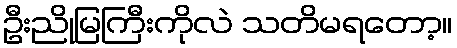
ဦးညိုမြကြီးကိုလဲ သတိမရတော့။